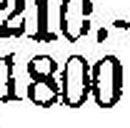
1800